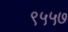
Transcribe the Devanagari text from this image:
९५५७